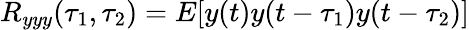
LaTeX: R_{yyy}(\tau_{1},\tau_{2})=E[y(t)y(t-\tau_{1})y(t-\tau_{2})]